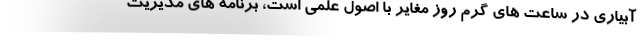
آبیاری در ساعت های گرم روز مغایر با اصول علمی است، برنامه های مدیریت